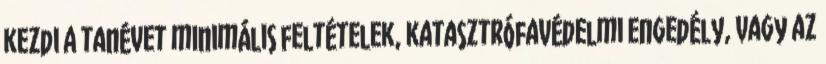
kezdi a tanévet minimális feltételek, katasztrófavédelmi engedély, vagy az